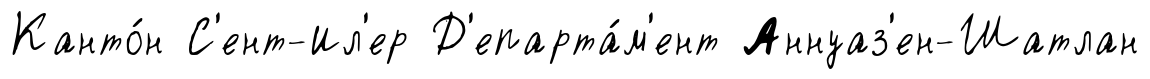
Канто́н С'ент-Ил'ер Д'епарта́м'ент Аннуаз'ен-Шатлан